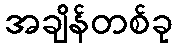
အချိန်တစ်ခု